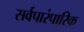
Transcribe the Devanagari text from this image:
सर्वपारंपारिक